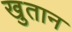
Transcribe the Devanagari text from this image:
खुतान